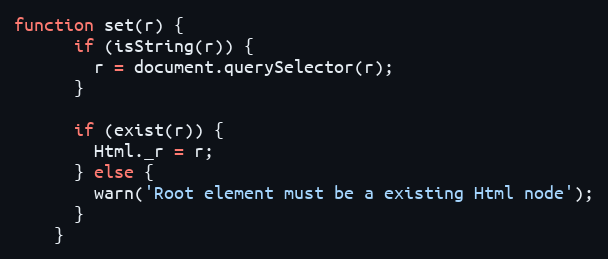
Language: JavaScript
function set(r) {
      if (isString(r)) {
        r = document.querySelector(r);
      }

      if (exist(r)) {
        Html._r = r;
      } else {
        warn('Root element must be a existing Html node');
      }
    }